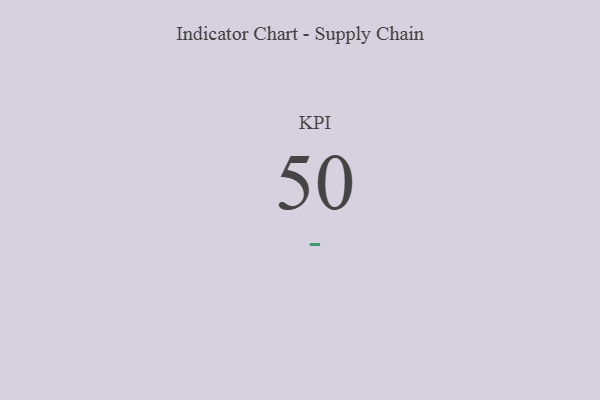
{"axis": {"x": "KPI", "y": "Value"}, "legend": [""], "data": [{"x": "KPI", "y": 50, "type": ""}]}